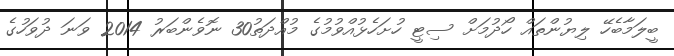
ބީލަމާބެހޭ ލިޔުންތައް ހޯދުމަށް ސިޓީ ހުށަހެޅުއްވުމުގެ މުއްދަތު30 ނޮވެންބަރު 2014 ވަނަ ދުވަހުގެ